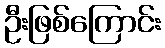
ဦးဖြစ်ကြောင်း